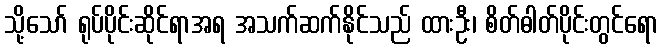
သို့သော် ရုပ်ပိုင်းဆိုင်ရာအရ အသက်ဆက်နိုင်သည် ထားဦး၊ စိတ်ဓါတ်ပိုင်းတွင်ရော